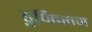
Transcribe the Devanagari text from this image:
ढुण्ढि़राज